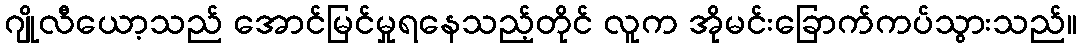
ဂျိုလီယော့သည် အောင်မြင်မှုရနေသည့်တိုင် လူက အိုမင်းခြောက်ကပ်သွားသည်။